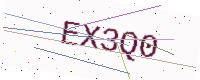
Text: EX3Q0